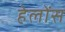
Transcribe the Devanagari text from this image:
हेलोंस